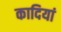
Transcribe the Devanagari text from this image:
कादियां